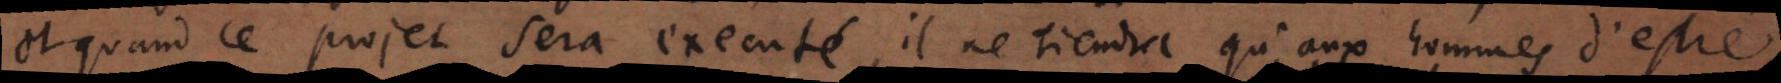
et quand le projet sera executé, il ne tiendra qu’aux hommes d’